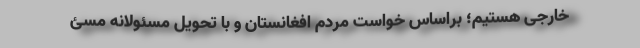
خارجی هستیم؛ براساس خواست مردم افغانستان و با تحویل مسئولانه‌ مسئ